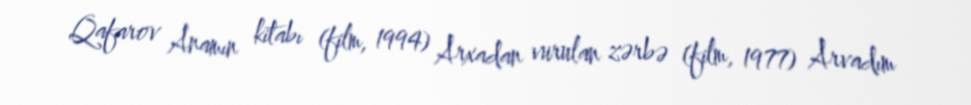
Qafarov Anamın kitabı (film, 1994) Arxadan vurulan zərbə (film, 1977) Arvadım